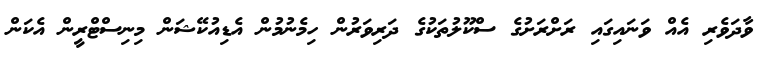
ވާދަވެރި އެއް ވަނައިގައި ރަށްރަށުގެ ސްކޫލުތަކުގެ ދަރިވަރުން ހިމެނުމުން އެޑިއުކޭޝަން މިނިސްޓްރީން އެކަން